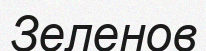
Зеленов